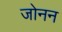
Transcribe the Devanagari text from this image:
जोनन